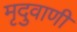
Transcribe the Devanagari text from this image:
मृदुवाणी